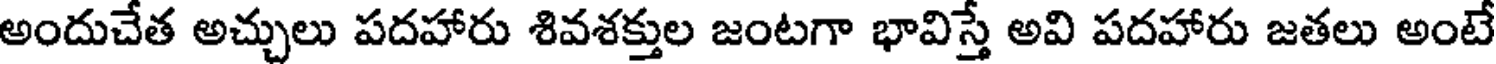
అందుచేత అచ్చులు పదహారు శివశక్తుల జంటగా భావిస్తే అవి పదహారు జతలు అంటే